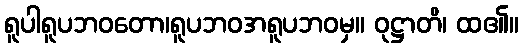
ရူပါရူပဘဝတော၊ရူပဘဝအရူပဘဝမှ။ ဝုဋ္ဌာတိ၊ ထ၏။